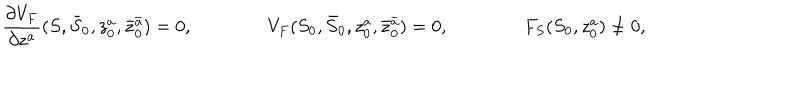
LaTeX: \frac { \partial V _ { F } } { \partial z ^ { a } } ( S , \bar { S } _ { 0 } , z _ { 0 } ^ { a } , \bar { z } _ { 0 } ^ { \bar { a } } ) = 0 , \qquad \qquad V _ { F } ( S _ { 0 } , \bar { S } _ { 0 } , z _ { 0 } ^ { a } , \bar { z } _ { 0 } ^ { \bar { a } } ) = 0 , \qquad \qquad F _ { S } ( S _ { 0 } , z _ { 0 } ^ { a } ) \ne 0 ,